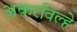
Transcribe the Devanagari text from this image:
अकरविल्हे